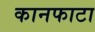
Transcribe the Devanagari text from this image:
कानफाटा